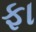
ફા